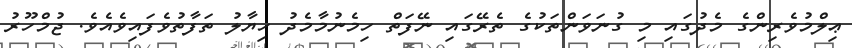
ޢިލްމުވެރިންގެ މެދުގައި މި ގުނަވަންތަކުގެ ތެރޭގައި ނޭފަތް ހިމެނުމާމެދު ހިޔާލު ތަފާތުވެފައިވެއެވެ. ޖުމްހޫރު